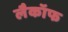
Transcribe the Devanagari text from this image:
लैकॉफ